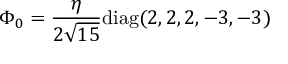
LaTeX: \Phi _ { 0 } = { \frac { \eta } { 2 \sqrt { 1 5 } } } \mathrm { d i a g } ( 2 , 2 , 2 , - 3 , - 3 )